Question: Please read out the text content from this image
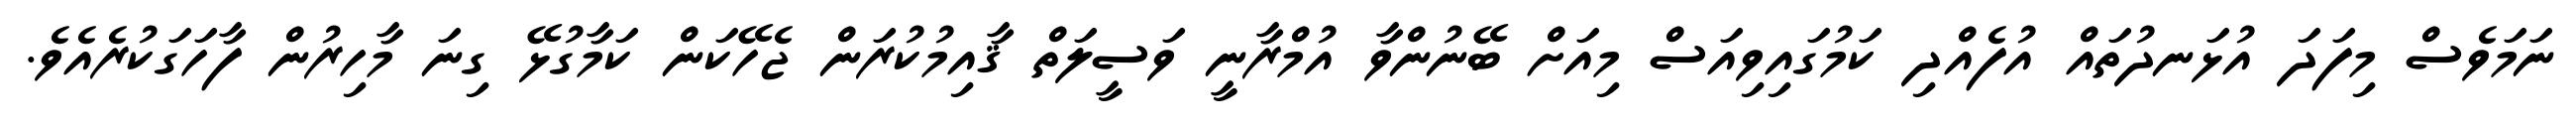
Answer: ނަމަވެސް މިފަދަ އުޅަނދުތައް އުފެއްދި ކަމުގައިވިއަސް މިއަށް ބޭނުންވާ އުމްރާނީ ވަސީލަތް ޤާއިމުކުރަން ޖެހޭކަން ކަމާގުޅޭ ގިނަ މާހިރުން ފާހަގަކުރެއެވެ.